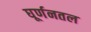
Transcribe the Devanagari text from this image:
घूर्णनतल